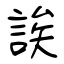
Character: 誒